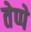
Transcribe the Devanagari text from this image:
तेप्पे